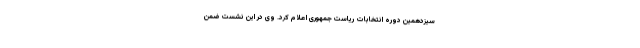
سیزدهمین دوره انتخابات ریاست جمهوری اعلام کرد. وی در این نشست ضمن